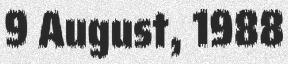
9 August, 1988